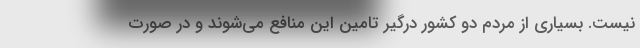
نیست. بسیاری از مردم دو کشور درگیر تامین این منافع می‌شوند و در صورت